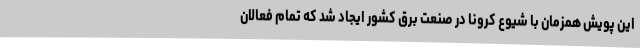
این پویش همزمان با شیوع کرونا در صنعت برق کشور ایجاد شد که تمام فعالان